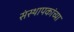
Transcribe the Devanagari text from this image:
संस्थापकांच्या